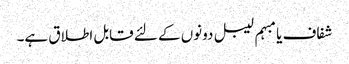
شفاف یا مبہم لیبل دونوں کے لئے قابل اطلاق ہے۔